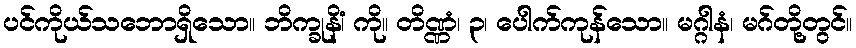
ပင်ကိုယ်သဘောရှိသော။ ဘိက္ခုနိံ၊ ကို။ တိဏ္ဏံ၊ ၃၊ ပေါက်ကုန်သော။ မဂ္ဂါနံ၊ မဂ်တို့တွင်။